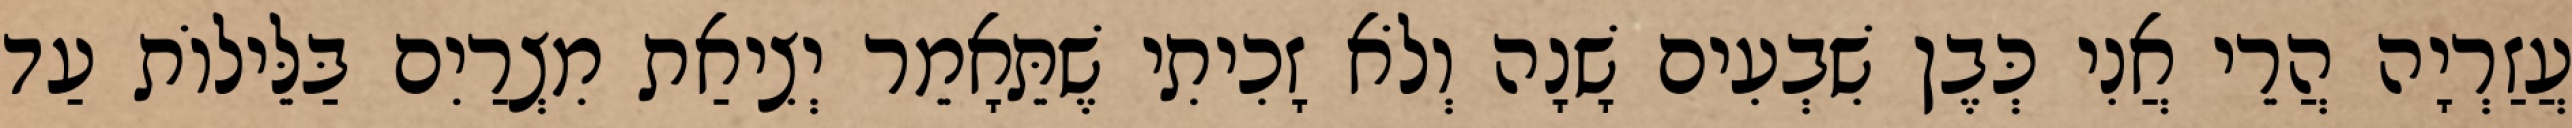
עֲזַרְיָה הֲרֵי אֲנִי כְּבֶן שִׁבְעִים שָׁנָה וְלֹא זָכִיתִי שֶׁתֵּאָמֵר יְצִיאַת מִצְרַיִם בַּלֵּילוֹת עַד